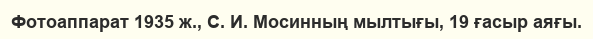
Фотоаппарат 1935 ж., С. И. Мосинның мылтығы, 19 ғасыр аяғы.